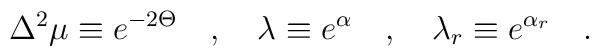
\Delta ^2 \mu \equiv e^{-2\Theta} \quad , \quad \lambda \equiv e^{\alpha}\quad , \quad \lambda_r \equiv e^{\alpha_r} \quad .